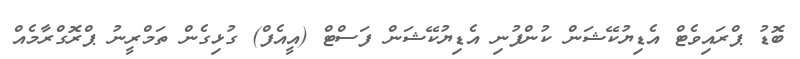
ބޮޑު ޕްރައިވެޓް އެޑިޔުކޭޝަން ކުންފުނި އެޑިޔުކޭޝަން ފަސްޓް (އީއެފް) ގުޅިގެން ތަމްރީނު ޕްރޮގްރާމެއް